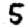
Digit: 5